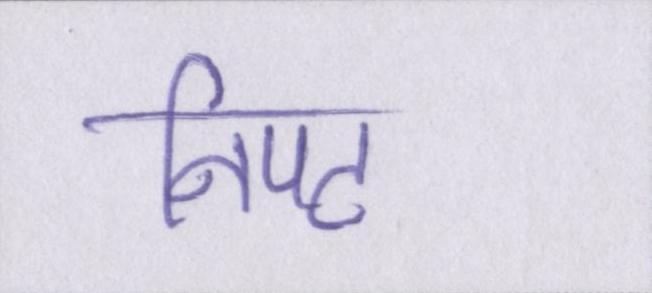
निपट